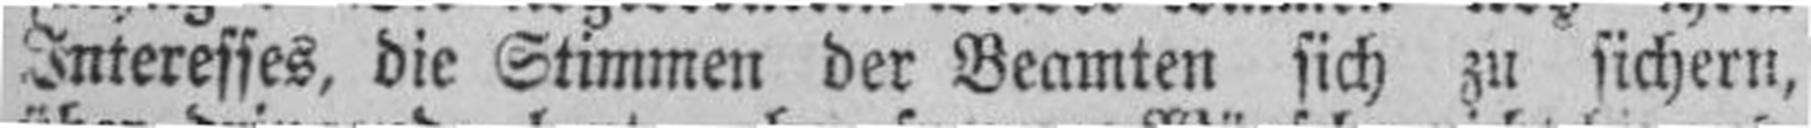
onteresses, die Stimmen der Beamten sich zu sichern,